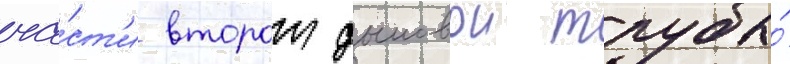
ча́ст'и второи дымовои трубы́